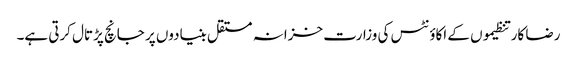
رضا کار تنظیموں کے اکاؤنٹس کی وزارت خزانہ مستقل بنیادوں پر جانچ پڑتال کرتی ہے۔